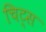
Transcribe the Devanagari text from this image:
चिट्स